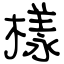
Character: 樣